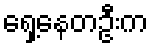
ရှေ့နေတဦးက